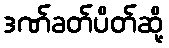
ဒဏ်ခတ်ပိတ်ဆို့